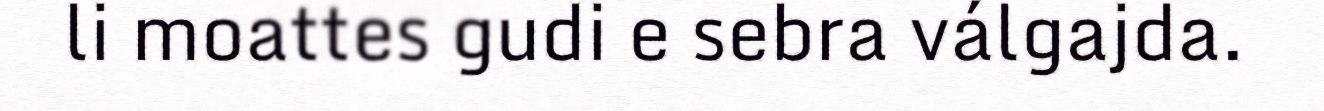
li moattes gudi e sebra válgajda.